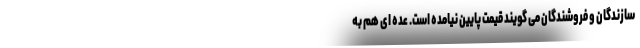
سازندگان و فروشندگان می گویند قیمت پایین نیامده است. عده ای هم به